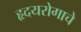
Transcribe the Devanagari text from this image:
हृदयरोगाचे